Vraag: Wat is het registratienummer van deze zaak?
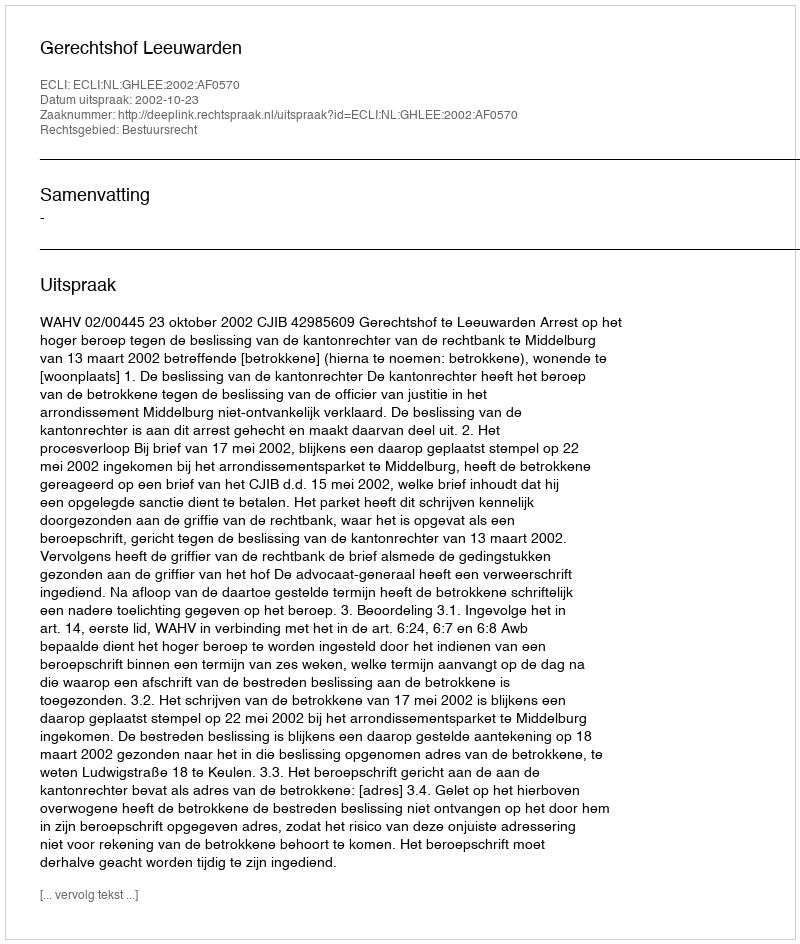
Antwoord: http://deeplink.rechtspraak.nl/uitspraak?id=ECLI:NL:GHLEE:2002:AF0570